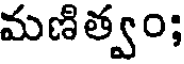
మణిత్వం;